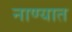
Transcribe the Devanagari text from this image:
नाण्यात